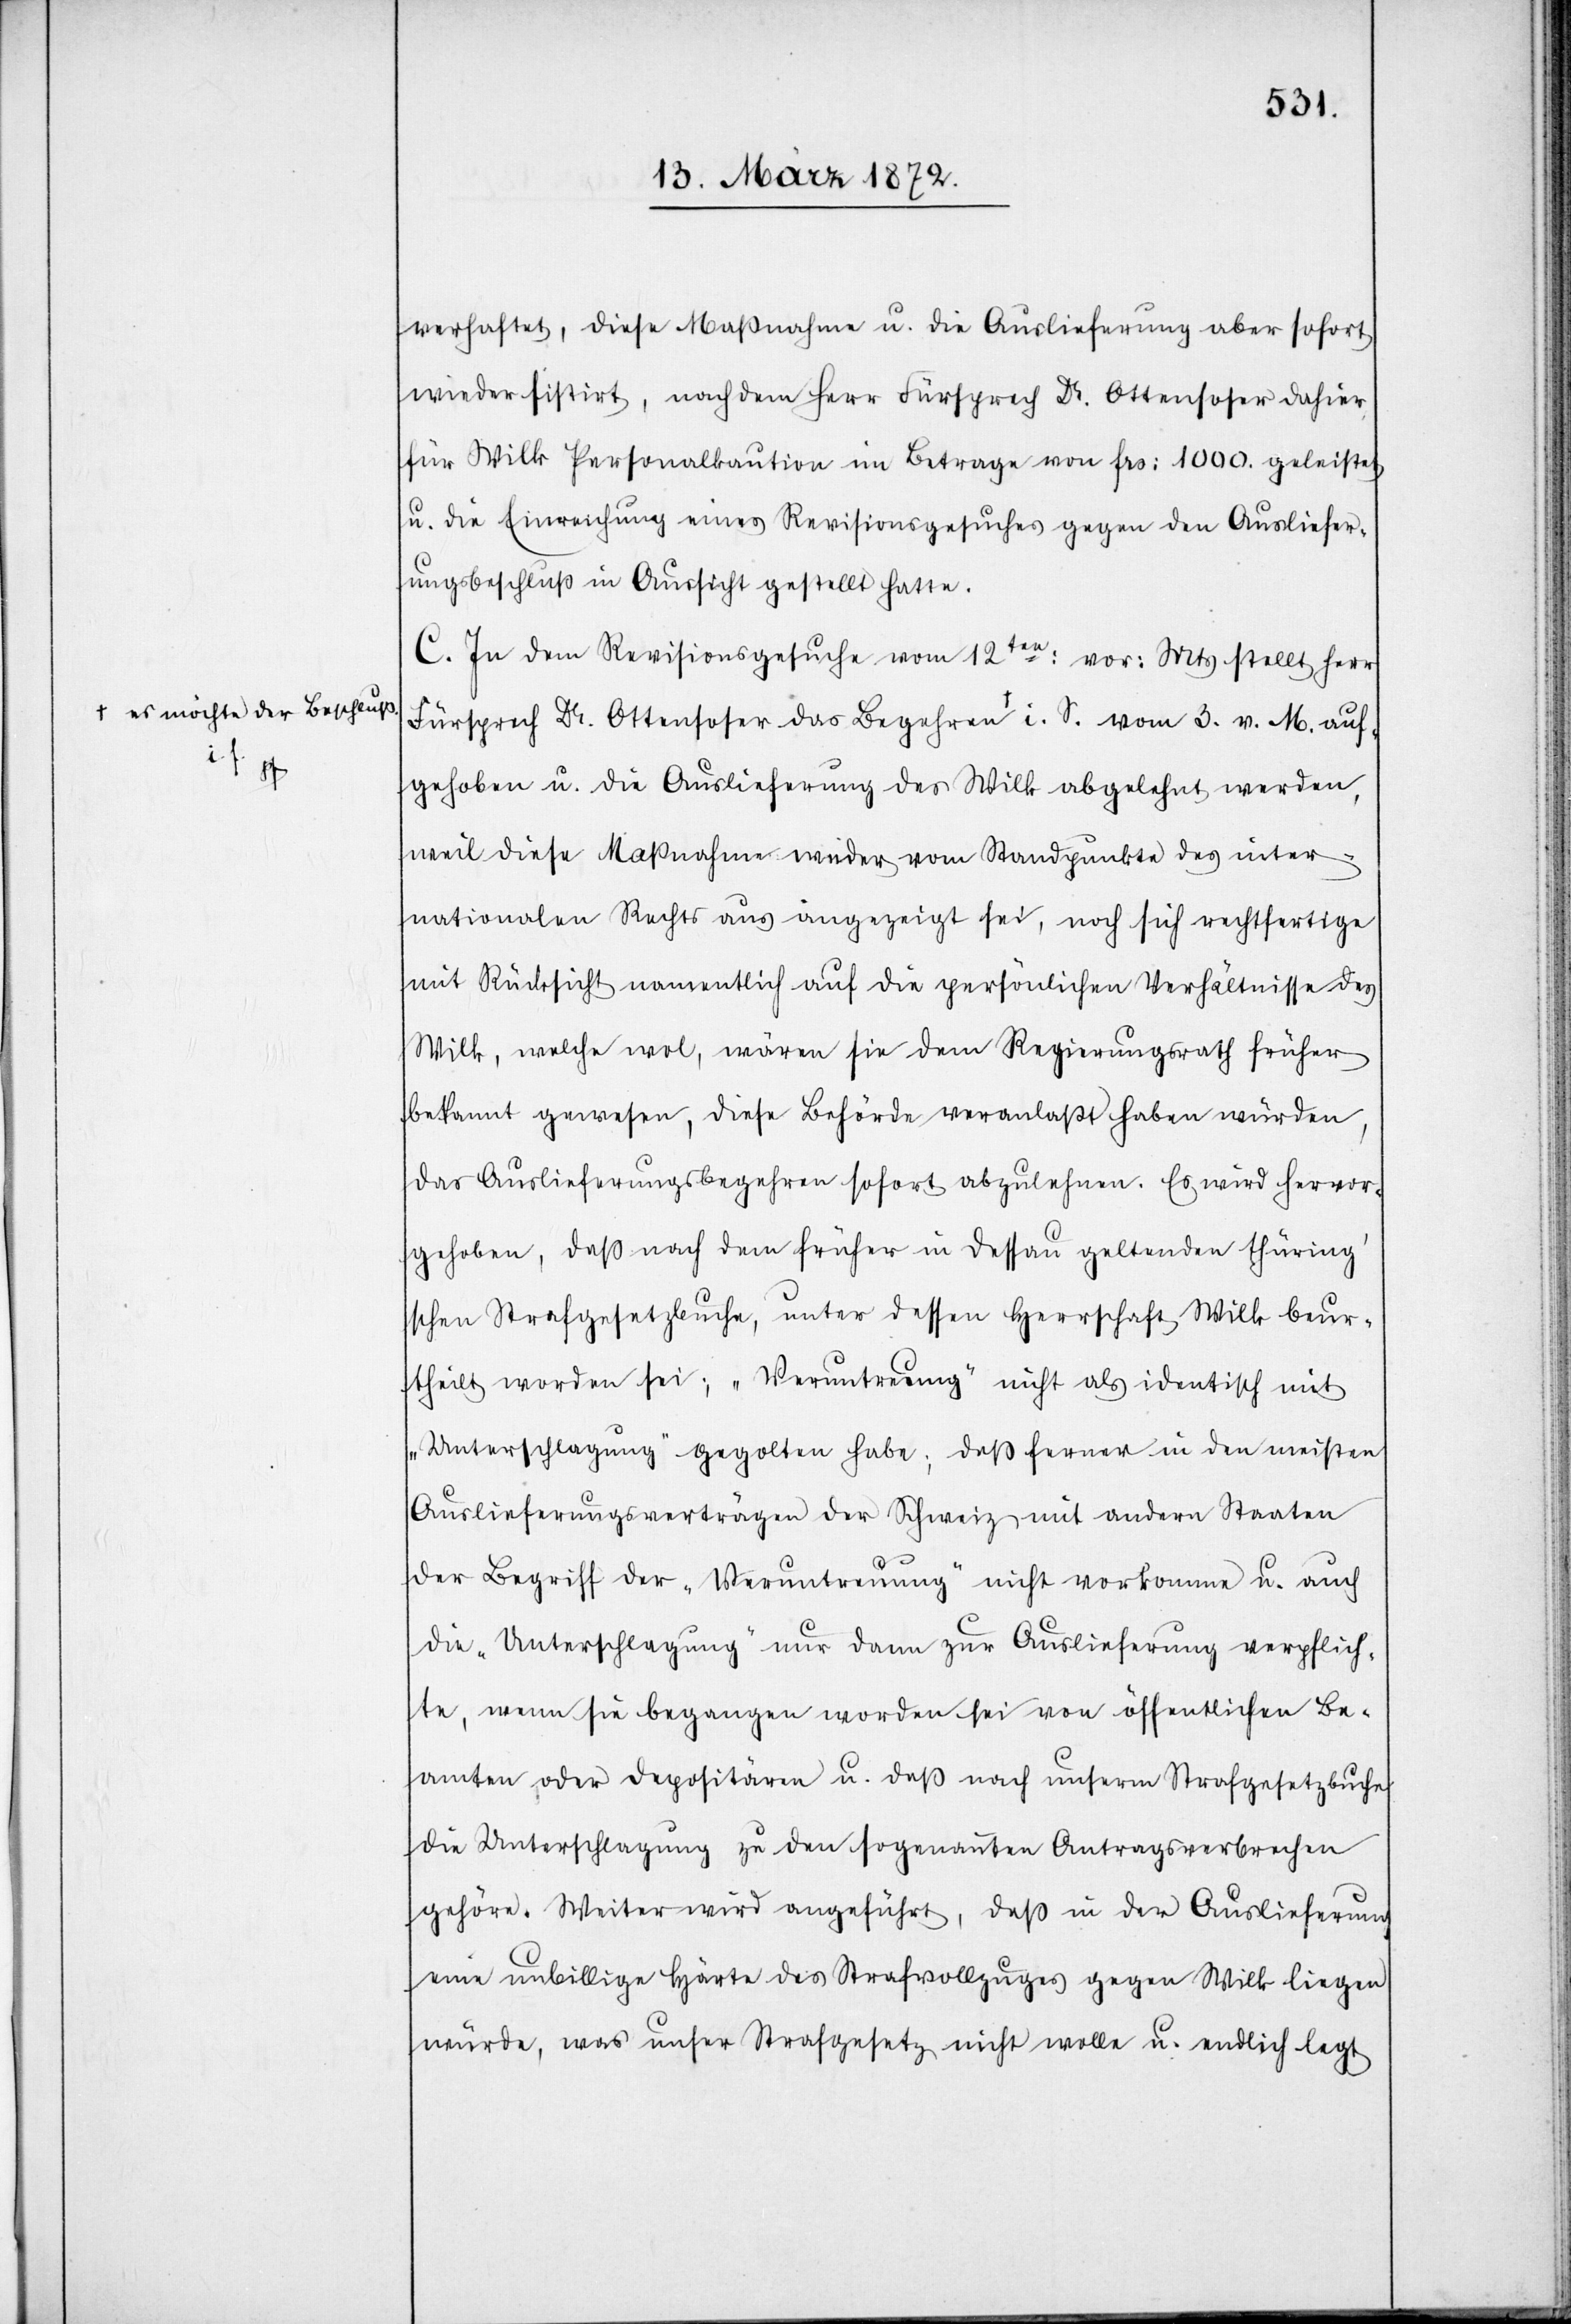
M. auf¬

verhaftet, diese Maßnahme u. die Auslieferung aber sofort
wieder sistirt, nachdem Herr Fürsprech Dr Ottensoser dahier
für Wilk Personalkaution im Betrage von frs: 1000. geleistet
u. die Einreichung eines Revisionsgesuches gegen den Ausliefer¬
ungsbeschluß in Aussicht gestellt hatte.
C. In dem Revisionsgesuche vom 12ten: vor: Mts. stellt Herr
Fürsprech Dr. Ottensoser das Begehren a-es möchte der Beschluß
gehoben u. die Auslieferung des Wilk abgelehnt werden,
weil diese Maßnahme weder vom Standpunkte des inter¬
nationalen Rechts aus angezeigt sei, noch sich rechtfertige
mit Rücksicht namentlich auf die persönlichen Verhältnisse des
Wilk, welche wol, wären sie dem Regierungsrath früher
bekannt gewesen, diese Behörde veranlaßt haben würden,
das Auslieferungsbegehren sofort abzulehnen. Es wird hervor¬
gehoben, daß nach dem früher in Dessau geltenden thürin¬
g’schen Strafgesetzbuche, unter dessen Herrschaft Wilk beur¬
theilt worden sei; „Veruntreuung“ nicht als identisch mit
„Unterschlagung“ gegolten habe; daß ferner in den meisten
Auslieferungsverträgen der Schweiz mit andern Staaten
der Begriff der „Veruntreuung“ nicht vorkomme u. auch
die „Unterschlagung“ nur dann zur Auslieferung verpflich¬
te, wenn sie begangen worden sei von öffentlichen Be¬
amten oder Depositären u. daß nach unserm Strafgesetzbuche
die Unterschlagung zu den sogenannten Antragsverbrechen
gehöre. Weiter wird angeführt, daß in der Auslieferung
eine unbillige Härte des Strafvollzuges gegen Wilk liegen
würde, was unser Strafgesetz nicht wolle u. endlich legt